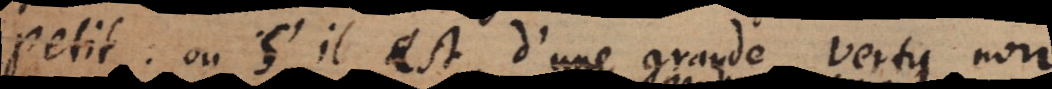
petit: ou s’il est d’une grande vertu n